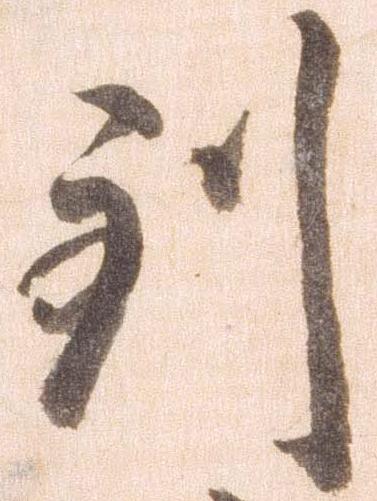
到